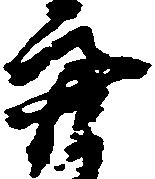
亮